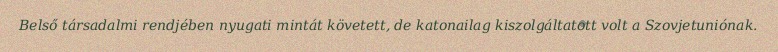
Belső társadalmi rendjében nyugati mintát követett, de katonailag kiszolgáltatott volt a Szovjetuniónak.